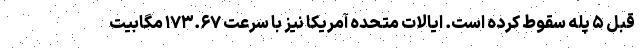
قبل ۵ پله سقوط کرده است. ایالات متحده آمریکا نیز با سرعت ۱۷۳.۶۷ مگابیت